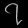
Digit: ၇